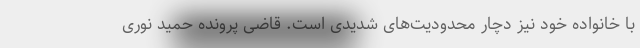
با خانواده خود نیز دچار محدودیت‌های شدیدی است. قاضی پرونده حمید نوری